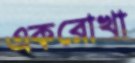
একরোখা